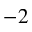
^ { - 2 }